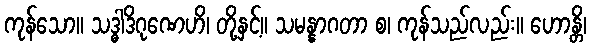
ကုန်သော။ သဒ္ဓါဒိဂုဏေဟိ၊ တို့နှင့်။ သမန္နာဂတာ စ၊ ကုန်သည်လည်း။ ဟောန္တိ၊